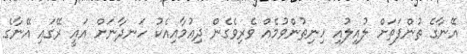
އޭނާގެ ތުންފަތަށް ލުއިލުއި ހިނިތުންވުމެއް ވެރިވެގެން ދިއުމާއިއެކު ހަނދާނަށް އައީ ރޭގައި އޭނާގެ